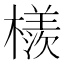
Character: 檨